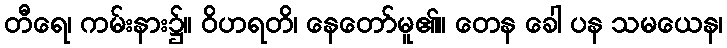
တီရေ၊ ကမ်းနား၌။ ဝိဟရတိ၊ နေတော်မူ၏။ တေန ခေါ ပန သမယေန၊